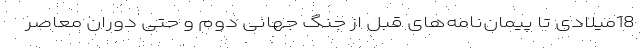
18میلادی تا پیمان‌نامه‌های قبل از جنگ جهانی دوم و حتی دوران معاصر